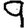
Digit: 9